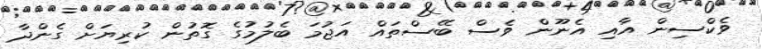
ވެކްސިން އާއި އެނޫން ވެސް ބޭސްތައް އަޖުމަ ބެލުމުގެ ގޮތުން ކުރިޔަށް ގެންދާ